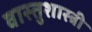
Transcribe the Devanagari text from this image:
वास्‍तुशास्‍त्री